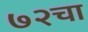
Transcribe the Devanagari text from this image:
७२चा